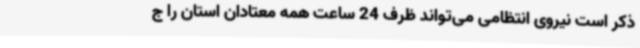
ذکر است نیروی انتظامی می‌تواند ظرف 24 ساعت همه معتادان استان را ج